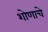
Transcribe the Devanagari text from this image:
शोणाचे